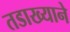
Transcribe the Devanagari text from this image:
तडाख्याने